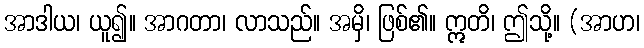
အာဒါယ၊ ယူ၍။ အာဂတာ၊ လာသည်။ အမှိ၊ ဖြစ်၏။ ဣတိ၊ ဤသို့။ (အာဟ၊